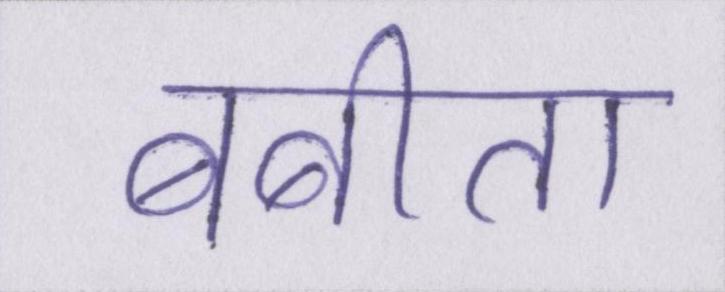
बबीता